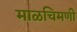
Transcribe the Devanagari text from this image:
माळचिमणी